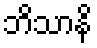
ဘိသာနိ